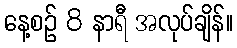
နေ့စဉ် 8 နာရီ အလုပ်ချိန်။